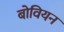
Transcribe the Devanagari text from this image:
बोवियन